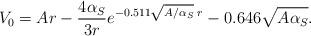
LaTeX: \begin{align*}V_{0} = A r - \frac {4 \alpha_{S}}{3 r} e^{-0.511\sqrt{A/\alpha_{S}} \; r}-0.646 \sqrt{A\alpha_{S}}.\end{align*}